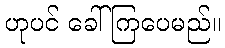
ဟုပင် ခေါ်ကြပေမည်။